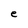
Character: e